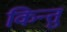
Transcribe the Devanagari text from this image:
किन्तुं